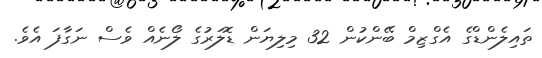
ތައިލެންޑްގެ އެގްޒިމް ބޭންކުން 32 މިލިޔަން ޑޮލަރުގެ ލޯނެއް ވެސް ނަގާފަ އެވެ.